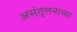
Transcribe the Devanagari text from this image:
असंतुलनाच्या